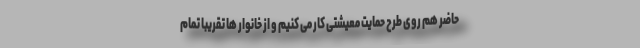
حاضر هم روی طرح حمایت معیشتی کار می کنیم و از خانوار ها تقریبا تمام